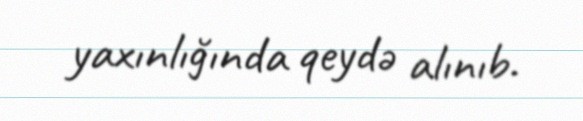
yaxınlığında qeydə alınıb.